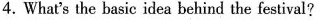
4.What's the basic idea behind the festival?